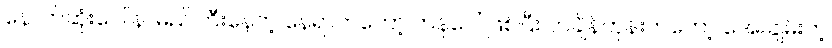
နောက်ဆုံးပေါ် နာမည်ကြီးနေတဲ့ နေရာကတော့ ကန်ဂေါ် ဖြစ်ပြီး တချိန်တုန်းကတော့ အေးချမ်းတဲ့